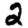
Digit: 2